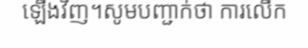
ឡើងវិញ។សូមបញ្ជាក់ថា ការលើក